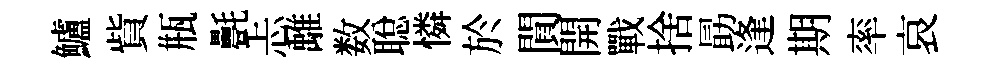
鱸貲瓶㲲忐𩀌数聪憐於閴開戰捨勗逢期率哀